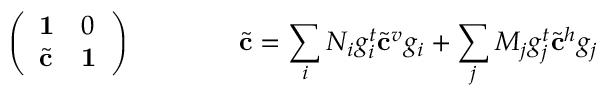
\left( \begin{array} { l l } { { { \bf 1 } } } & { { 0 } } \\ { { { \tilde { \bf c } } } } & { { { \bf 1 } } } \end{array} \right) \qquad \qquad { \tilde { \bf c } } = \sum _ { i } N _ { i } g _ { i } ^ { t } { \tilde { \bf c } } ^ { v } g _ { i } + \sum _ { j } M _ { j } g _ { j } ^ { t } { \tilde { \bf c } } ^ { h } g _ { j }